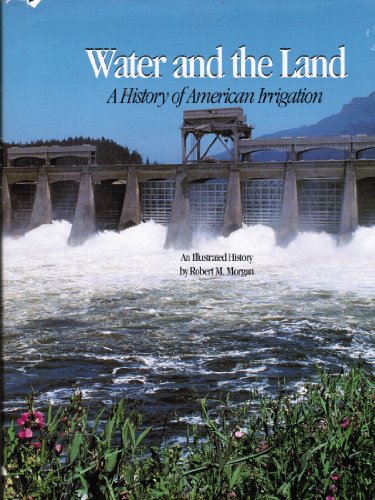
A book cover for Water and the Land: A History of Irrigation in America; Robert M. Morgan; Science & Math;